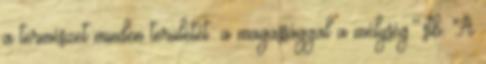
a természet minden területét: a magassággal a mélység.''.stb. A